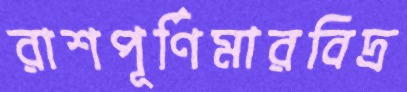
রাশপূর্ণিমারবিদ্র